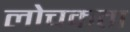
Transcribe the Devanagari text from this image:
लोचकता